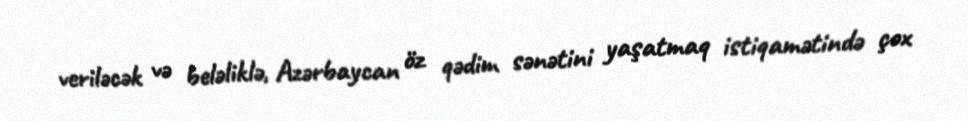
veriləcək və beləliklə, Azərbaycan öz qədim sənətini yaşatmaq istiqamətində çox